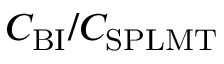
C _ { \mathrm { B I } } / C _ { \mathrm { S P L M T } }